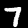
Label: 7